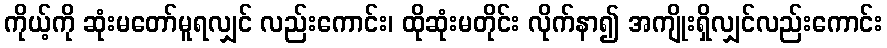
ကိုယ့်ကို ဆုံးမတော်မူရလျှင် လည်းကောင်း၊ ထိုဆုံးမတိုင်း လိုက်နာ၍ အကျိုးရှိလျှင်လည်းကောင်း